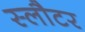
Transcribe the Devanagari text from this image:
स्लौटर